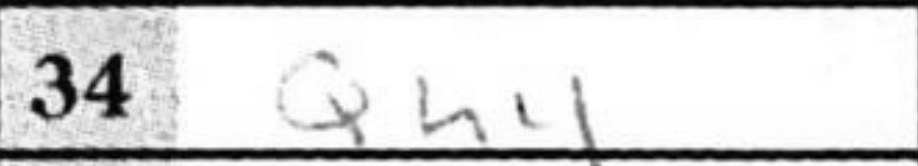
Transcription: Qh4